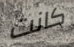
كانت